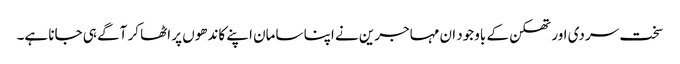
سخت سردی اور تھکن کے باوجود ان مہاجرین نے اپنا سامان اپنے کاندھوں پر اٹھا کر آگے ہی جانا ہے۔